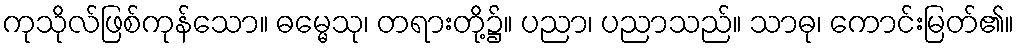
ကုသိုလ်ဖြစ်ကုန်သော။ ဓမ္မေသု၊ တရားတို့၌။ ပညာ၊ ပညာသည်။ သာဓု၊ ကောင်းမြတ်၏။